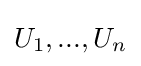
U_{1},...,U_{n}